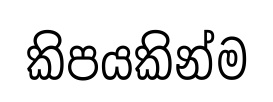
කිපයකින්ම